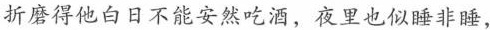
折磨得他白日不能安然吃酒，夜里也似睡非睡